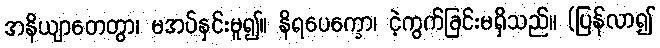
အနိယျာတေတွာ၊ မအပ်နှင်းမူ၍။ နိရပေက္ခော၊ ငဲ့ကွက်ခြင်းမရှိသည်။ (ပြန်လာ၍